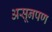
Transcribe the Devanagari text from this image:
असूनपण